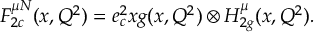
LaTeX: F _ { 2 c } ^ { \mu N } ( x , Q ^ { 2 } ) = e _ { c } ^ { 2 } x g ( x , Q ^ { 2 } ) \otimes H _ { 2 g } ^ { \mu } ( x , Q ^ { 2 } ) .